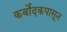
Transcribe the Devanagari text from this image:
कर्बोदकपासून